Vaccination in Bombay 1889-1901 - 1889-1901
Year: 1889
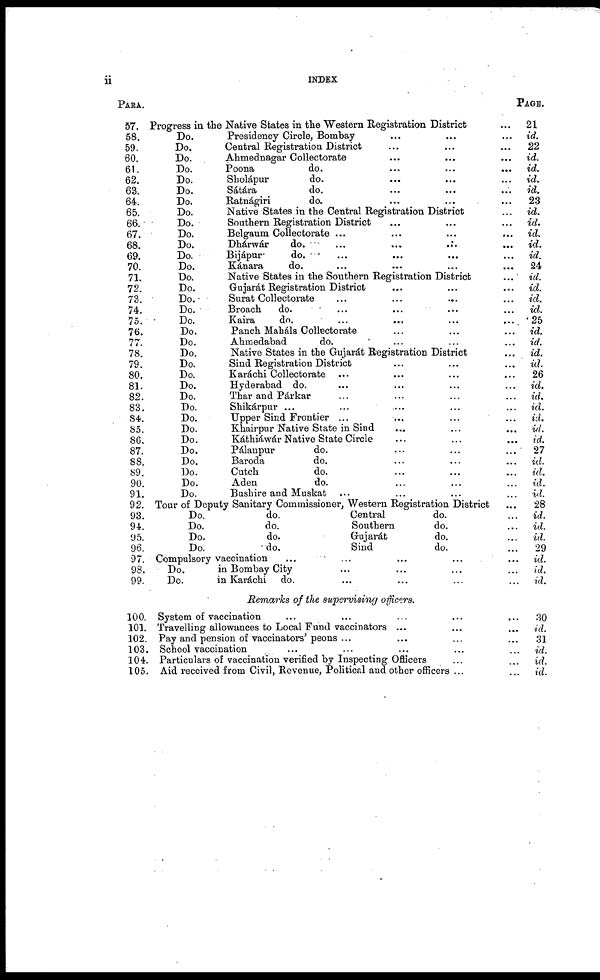
ii
INDEX
PARA.
57.
58.
59.
60.
61.
62.
63.
64.
65.
66.
67.
68.
69.
70.
71.
72.
73.
74.
75.
76.
77.
78.
79.
80.
81.
82.
83.
84.
85.
86.
87.
88.
89.
90.
91.
92.
93.
94.
95.
96.
97.
98.
99.
100.
101.
102.
103.
104.
105.
Progress in the Native States in the Western Registration District ...
Do.
Presidency Circle, Bombay ... ... ...
Do.
Central Registration District ... ... ...
Do.
Ahmednagar Collectorate ... ... ...
Do.
Poona
do. ... ... ...
Do.
Sholápur
do. ... ... ...
Do.
Sátára
do. ... ... ...
Do.
Ratnágiri
do. ... ... ...
Do.
Native States in the Central Registration District ...
Do.
Southern Registration District ... ... ...
Do.
Belgaum Collectorate ... ... ... ...
Do.
Dhárwár
do. ... ... ... ... ...
Do.
Bijápur
do. ... ... ... ... ...
Do.
Kánara
do. ... ... ... ...
Do.
Native States in the Southern Registration District
...
Do.
Gujarát Registration District ... ... ...
Do.
Surat Collectorate ... ... ... ...
Do.
Broach
do. ... ... ... ...
Do.
Kaira
do.
...
...
...
...
Do.
Panch Maháls Collectorate ... ... ...
Do.
Ahmedabad
do. ... ... ...
Do.
Native States in the Gujarát Registration District ...
Do.
Sind Registration District ... ... ...
Do.
Karachi Collectorate ... ... ... ...
Do.
Hyderabad do. ... ... ... ...
Do.
Thar and Párkar ... ... ... ...
Do.
Shikárpur ... ... ... ... ...
Do.
Upper Sind Frontier ... ... ... ...
Do.
Khairpur Native State in Sind ... ... ...
Do.
Kathiáwár Native State Circle ... ... ...
Do.
Pálanpur
do. ... ... ...
Do.
Baroda
do. ... ... ...
Do.
Cutch
do. ... ... ...
Do.
Aden
do. ... ... ...
Do.
Bushire and Muskat ... ... ... ...
Tour of Deputy Sanitary Commissioner, Western Registration District ...
Do.
do.
Central
do. ...
Do.
do.
Southern
do. ...
Do.
do.
Gujarat
do. ...
Do.
do.
Sind
do. ...
Compulsory vaccination
...
...
...
...
...
Do.
in Bombay City ... ... ... ...
Do.
in Karáchi do. ... ... ... ...
Remarks of the supervising officers.
System of vaccination ... ... ... ... ...
Travelling allowances to Local Fund vaccinators ... ... ...
Pay and pension of vaccinators' peons ... ... ... ...
School vaccination ... ... ... ... ...
Particulars of vaccination verified by Inspecting Officers ... ...
Aid received from Civil, Revenue, Political and other officers ... ...
PAGE.
21
id.
22
id.
id.
id.
id.
23
id.
id.
id.
id.
id.
24
id.
id.
id.
id.
25
id.
id.
id.
id.
26
id.
id.
id.
id.
id.
id.
27
id.
id.
id.
id.
28
id.
id.
id.
29
id.
id.
id.
30
id.
31
id.
id.
id.